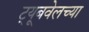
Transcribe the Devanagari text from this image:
ट्यूबवेलच्या